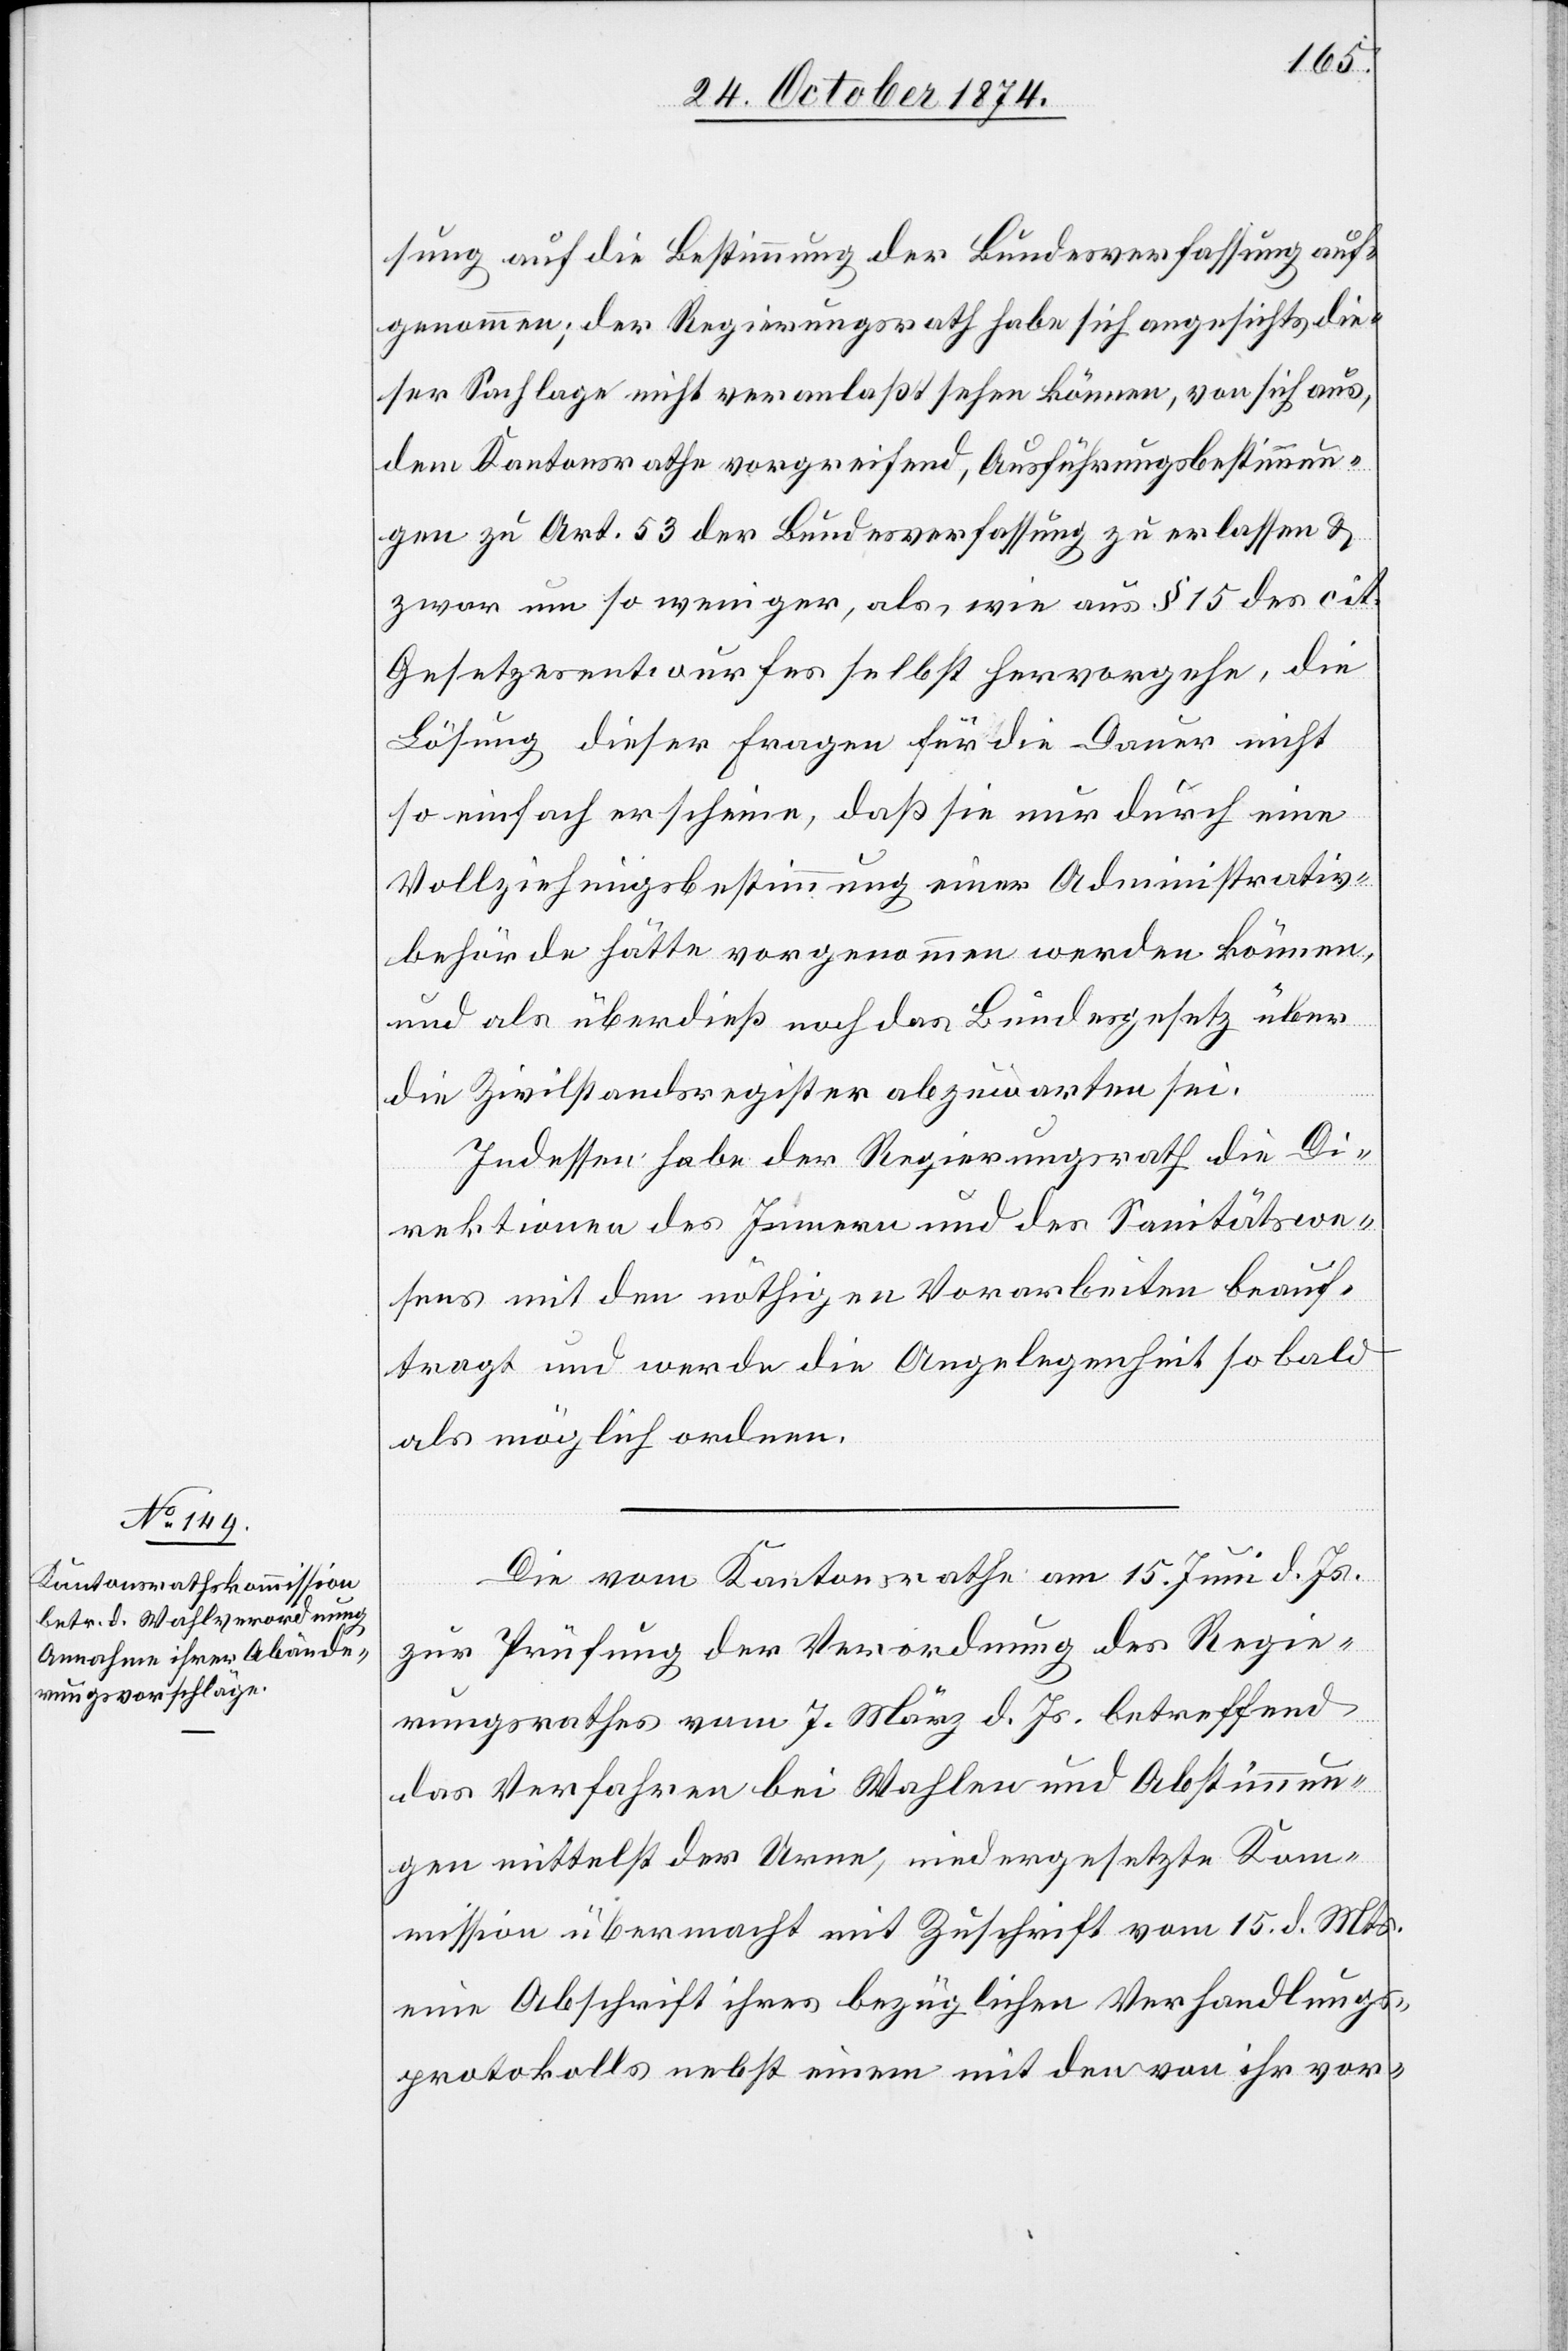
sung auf die Bestimmung der Bundesverfassung auf¬
genommen; der Regierungsrath habe sich angesichts die¬
ser Sachlage nicht veranlaßt sehen können, von sich aus,
dem Kantonsrathe vorgreifend, Ausführungsbestimmun¬
gen zur Art. 53 der Bundesverfassung zu erlassen &
zwar um so weniger, als wie aus § 15 des cit.
Gesetzesentwurfes selbst hervorgehe, die
Lösung dieser Fragen für die Dauer nicht
so einfach erscheine, daß sie nur durch eine
Vollziehungsbestimmung einer Administrativ¬
behörde hätte vorgenommen werden können,
und als überdieß noch das Bundesgesetz über
die Zivilstandsregister abzuwarten sei.
Indessen habe der Regierungsrath die Di¬
rektionen des Innern und des Sanitätswe¬
sens mit den nöthigen Vorarbeiten beauf¬
tragt und werde die Angelegenheiten so bald
als möglich ordnen.
Die vom Kantonsrathe am 15. Juni d. Js.
zur Prüfung der Verordnung des Regie¬
rungsrathes vom 7. März d. Js. betreffend
das Verfahren bei Wahlen und Abstimmun¬
gen mittelst der Urne, niedergesetzte Kom¬
mission übermacht mit Zuschrift vom 15. d. Mts.
eine Abschrift ihres bezüglichen Verhandlungs¬
protokolls nebst einem mit den von ihr vor-